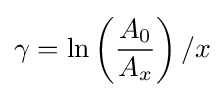
\gamma =\ln \left({\frac {A_{0}}{A_{x}}}\right)/x